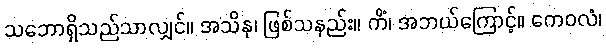
သဘောရှိသည်သာလျှင်။ အသိနု၊ ဖြစ်သနည်း။ ကိံ၊ အဘယ်ကြောင့်။ ကေဝလံ၊